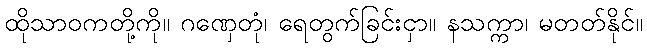
ထိုသာဝကတို့ကို။ ဂဏှေတုံ၊ ရေတွက်ခြင်းငှာ။ နသက္ကာ၊ မတတ်နိုင်။